Lock hospitals Punjab
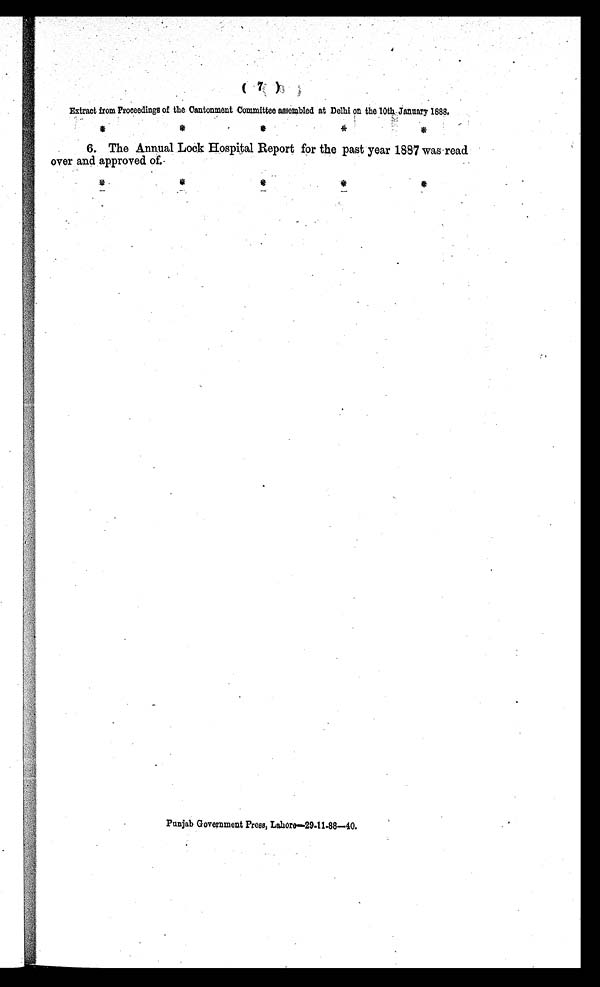
Extract from Proceedings of the Cantonment Committee assembled at Delhi on the 10th .January 1888.
6. The Annual Lock Hospital Report for the past year 1887 was read
over and approved of.
Punjab Government Press, Lahore—29-11-88—40.